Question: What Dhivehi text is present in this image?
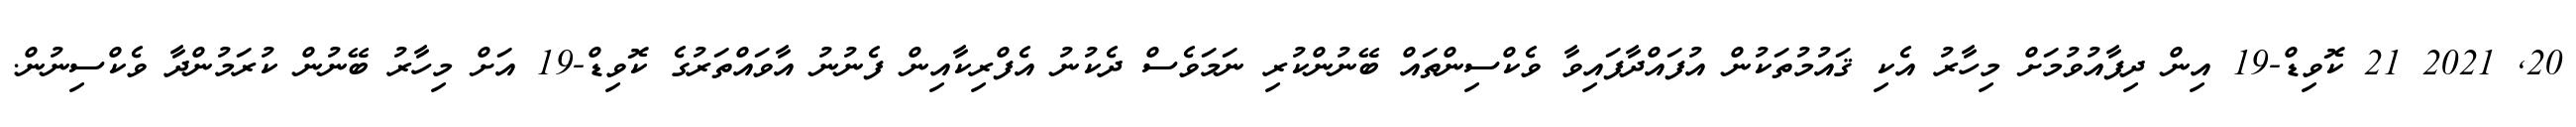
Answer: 20, 2021 21 ކޮވިޑް-19 އިން ދިފާއުވުމަށް މިހާރު އެކި ޤައުމުތަކުން އުފައްދާފައިވާ ވެކްސިންތައް ބޭނުންކުރި ނަމަވެސް ދެކުނު އެފްރިކާއިން ފެނުނު އާވައްތަރުގެ ކޮވިޑް-19 އަށް މިހާރު ބޭނުން ކުރަމުންދާ ވެކްސިނުން.